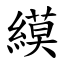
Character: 縸